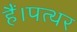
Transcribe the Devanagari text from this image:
हैं।पत्थर